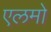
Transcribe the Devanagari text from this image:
एलमो